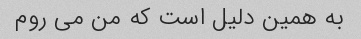
به همین دلیل است که من می روم